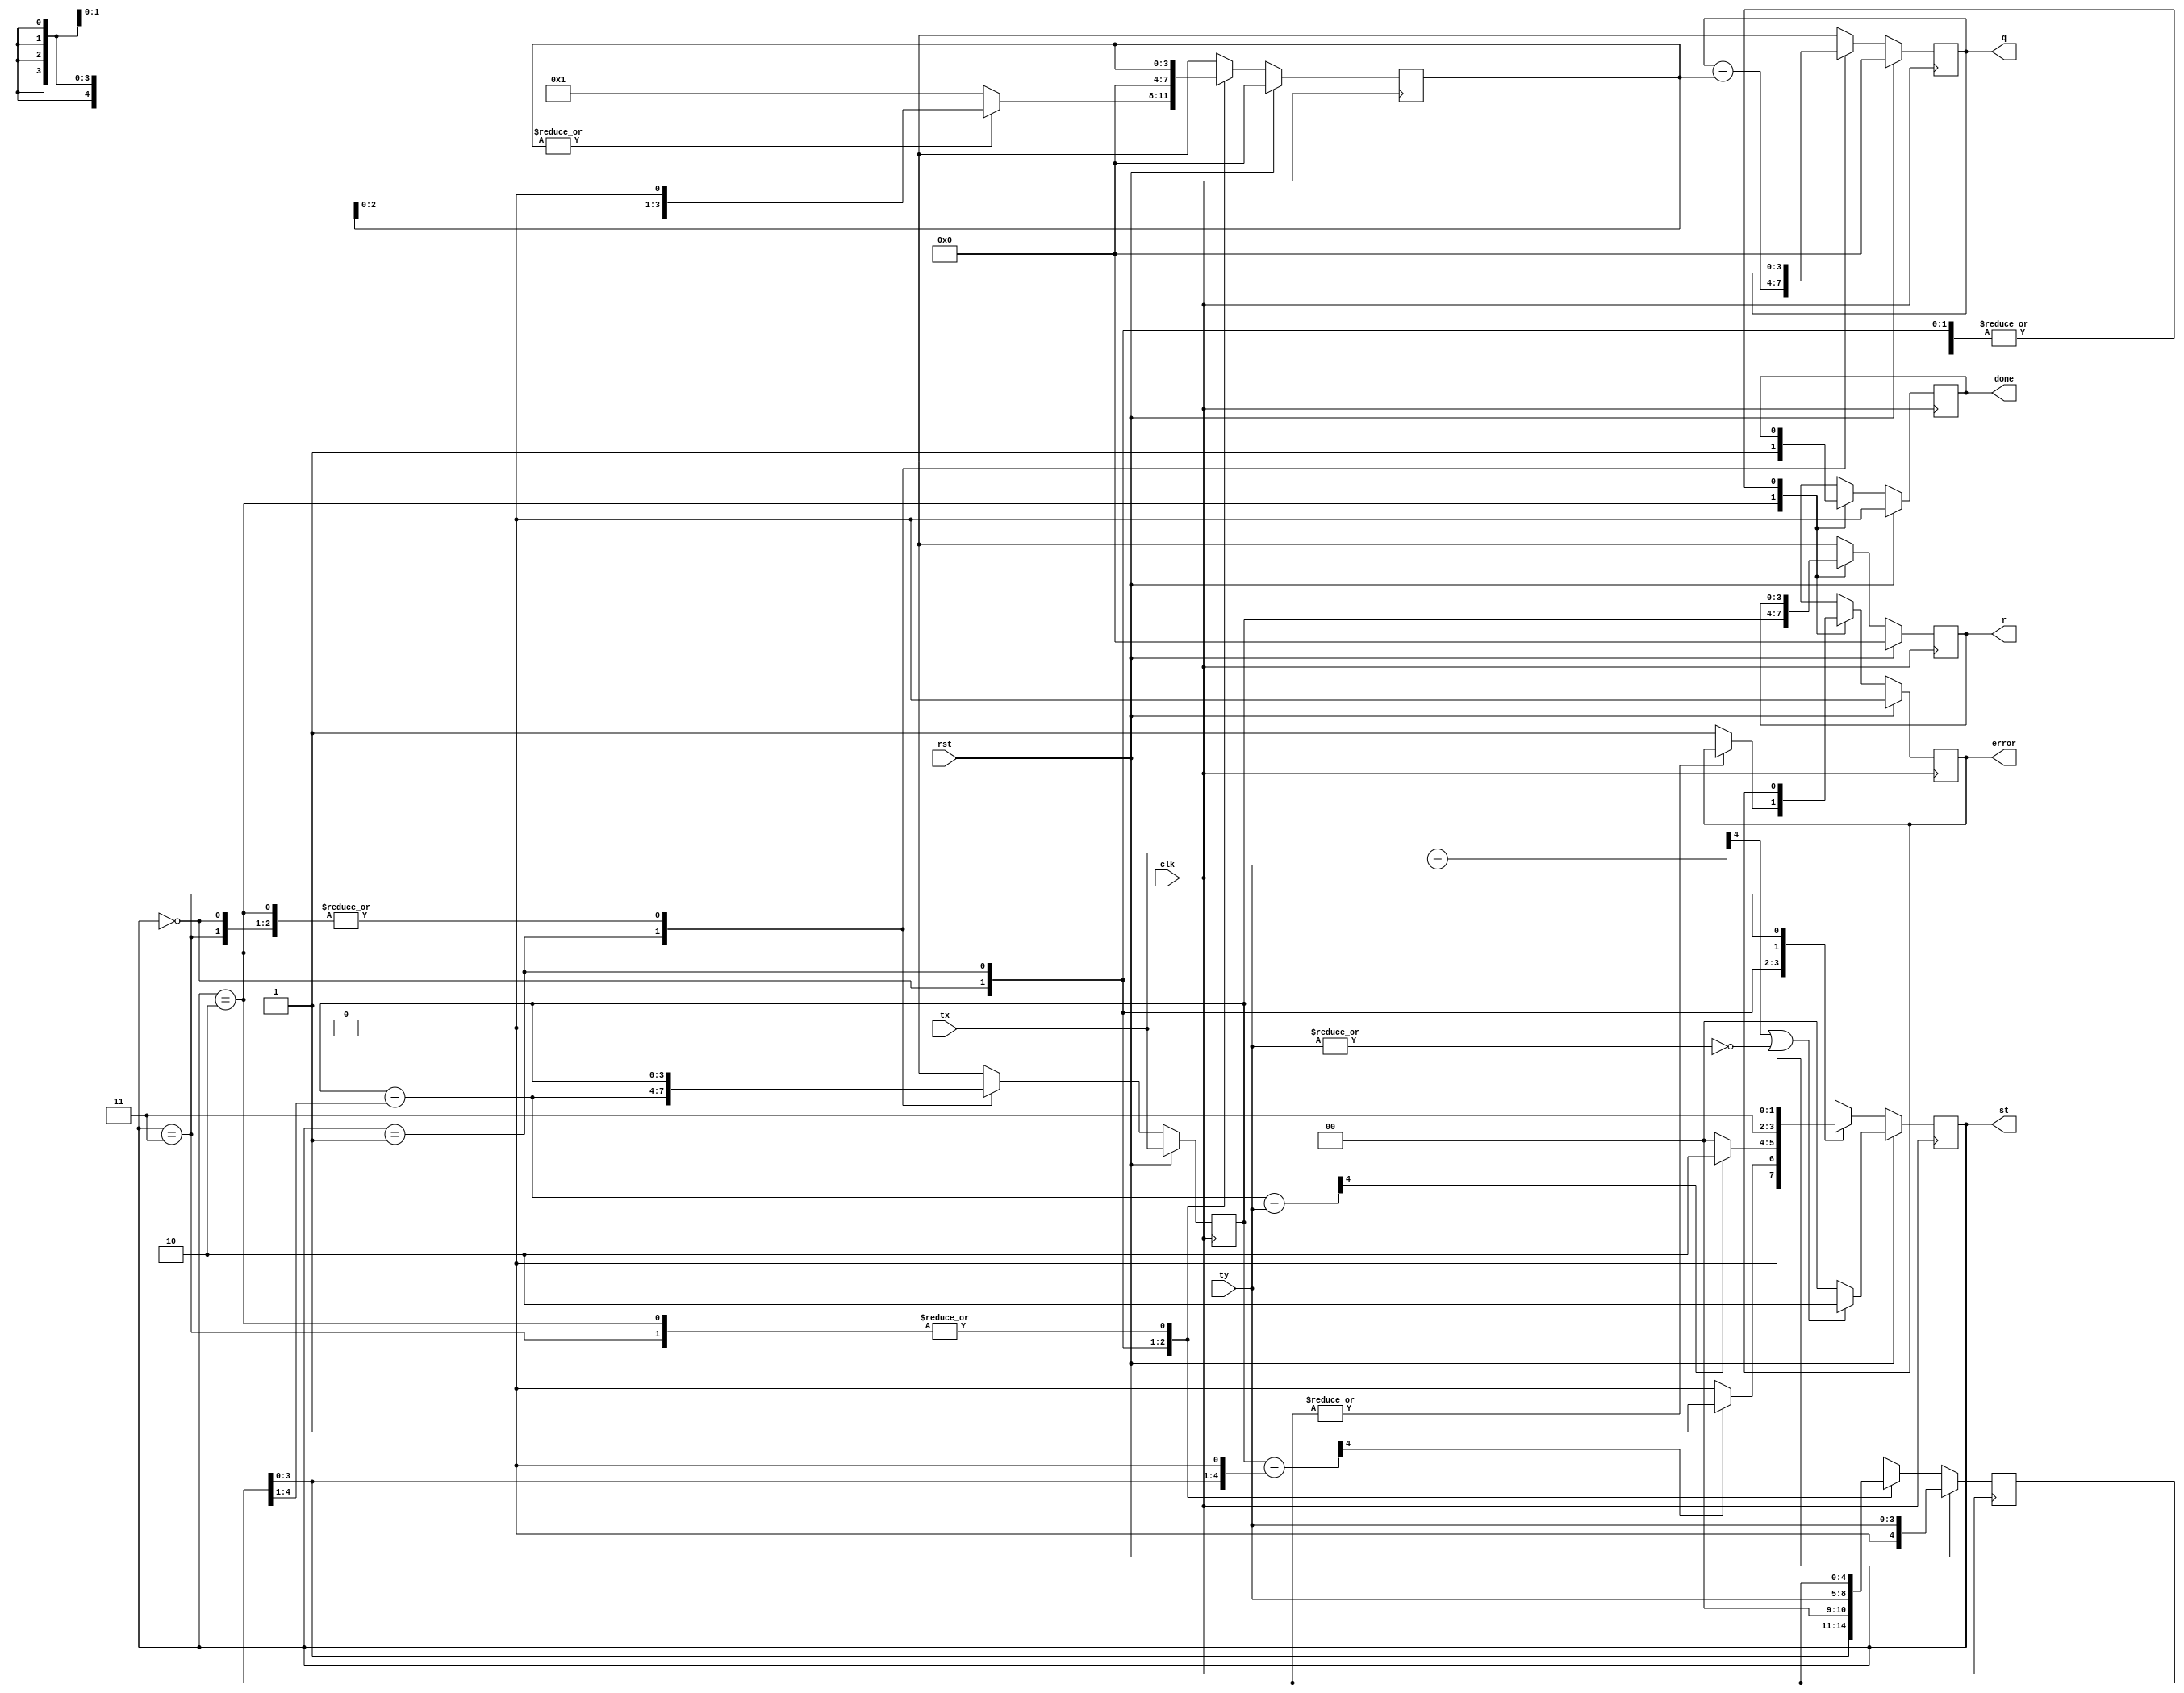
`timescale 1ns / 1ps
//////////////////////////////////////////////////////////////////////////////////
// Company: 
// Engineer: 
// 
// Design Name: 
// Module Name: div
// Project Name: 
// Target Devices: 
// Tool Versions: 
// Description: 
// 
// Dependencies: 
// 
// Revision:
// Revision 0.01 - File Created
// Additional Comments:
// 
//////////////////////////////////////////////////////////////////////////////////


module div(
    input [3:0]tx,
    input [3:0]ty,
    input rst,
    input clk,
    output reg [3:0]q,
    output reg [3:0]r,
    output reg error,
    output reg done,
    output reg [1:0]st
    );
    reg [3:0]x;
    reg [4:0]y;
    reg [4:0]t;
    reg [3:0]tq;
    always @(posedge clk)
    begin
    if(rst)
        begin
        x=tx;
        y={1'b0,ty};
        q=0;
        r=0;
        tq=0;
        error=0;
        done=0;
        t={1'b0,x}-y;
        if(t[4] || ~|y)     st=2'b10;
        else     st=2'b00;
        end
    else
        begin
        case(st)//rst
        2'b00:begin
                    y=y<<1;
                    if(~|tq)    tq=4'b0001;
                    else        tq=tq<<1;
                    t={1'b0,x}-y;
                    if(t[4] )   st=2'b01;
                    else        st=2'b00;
                end
        2'b01:begin
                        x=x-(y>>1);
                        y=ty;
                        q=q+tq;
                        tq=0;
                        t={1'b0,x}-y;
                        if(t[4] )
                            st=2'b10;
                        else
                            st=2'b00;
                end
        2'b10:begin
                    if(~|y) error=1;
                    r=x;
                    done=1;
                    st=2'b11;//st
                end
        2'b11: ;
        endcase
        end
    end
    
    //always @(negedge clk)
    //    st<=nst;
        
endmodule